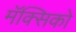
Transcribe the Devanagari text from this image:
मॅक्सिको